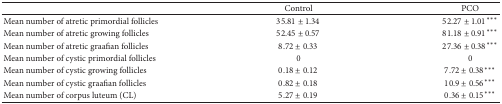
|  | Control | PCO |
 | --- | --- | --- |
 | Mean number of atretic primordial follicles | 35.81 ± 1.34 | 52.27 ± 1.01*** |
 | Mean number of atretic growing follicles | 52.45 ± 0.57 | 81.18 ± 0.91*** |
 | Mean number of atretic graafian follicles | 8.72 ± 0.33 | 27.36 ± 0.38*** |
 | Mean number of cystic primordial follicles | 0 | 0 |
 | Mean number of cystic growing follicles | 0.18 ± 0.12 | 7.72 ± 0.38*** |
 | Mean number of cystic graafian follicles | 0.82 ± 0.18 | 10.9 ± 0.56*** |
 | Mean number of corpus luteum (CL) | 5.27 ± 0.19 | 0.36 ± 0.15*** |